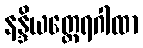
နန္ဒိယတ္ထေရဂါထာ